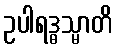
ဥပါရဒ္ဓသ္မာတိ